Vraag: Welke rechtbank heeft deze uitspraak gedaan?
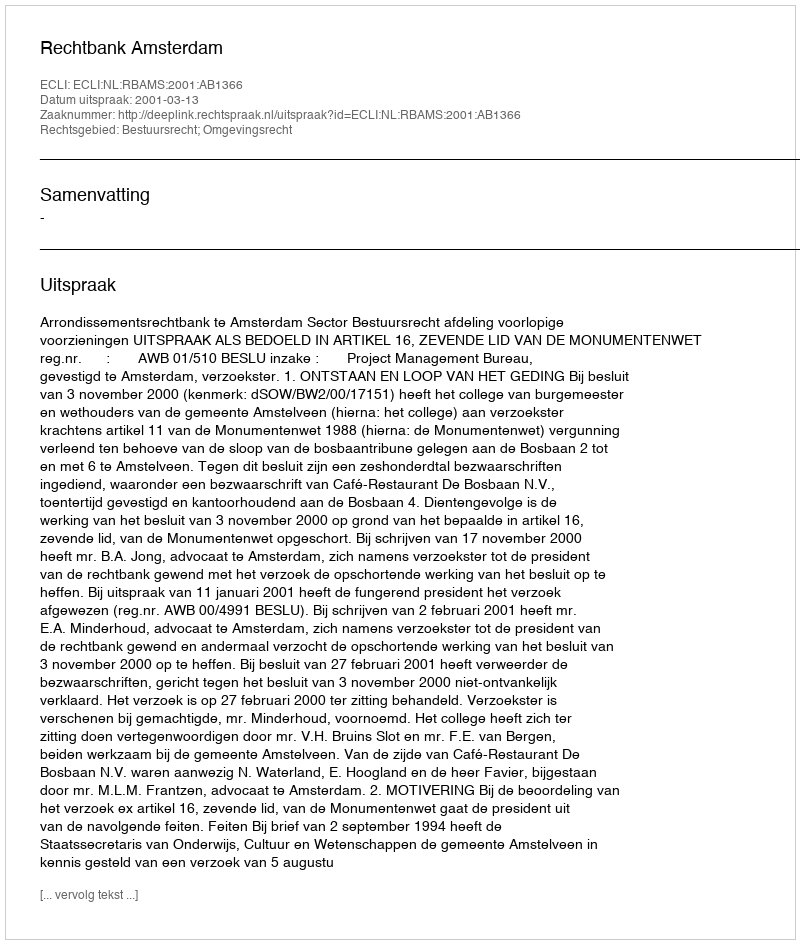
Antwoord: Rechtbank Amsterdam